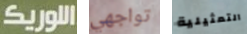
اللوريكـ تواجهي التمثيلية